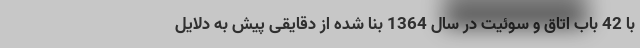
با 42 باب اتاق و سوئیت در سال 1364 بنا شده از دقایقی پیش به دلایل